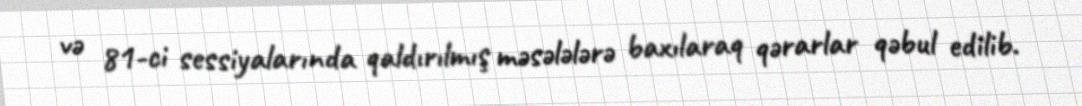
və 81-ci sessiyalarında qaldırılmış məsələlərə baxılaraq qərarlar qəbul edilib.